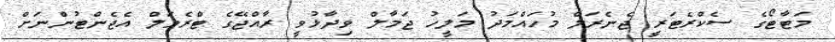
މަޓާޓޯގެ ސެކްރެޓަރީ ޖެނެރަލް މުހައްމަދު މަލީހު ޖަމާލް ވިދާޅުވީ ރާއްޖޭގެ ޓްރެވަލް އެޖެންޓުންނަށް